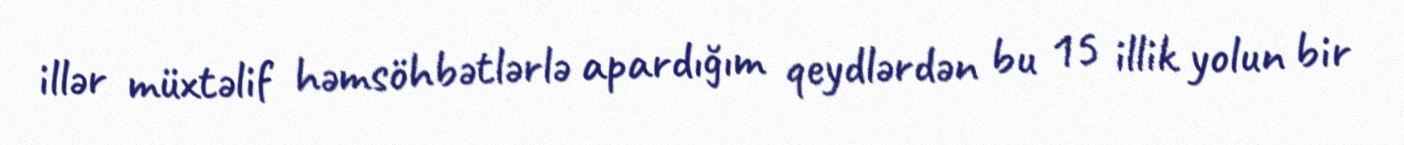
illər müxtəlif həmsöhbətlərlə apardığım qeydlərdən bu 15 illik yolun bir